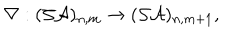
LaTeX: \nabla : ( { \cal S A } ) _ { n , m } \rightarrow ( { \cal S A } ) _ { n , m + 1 } ,